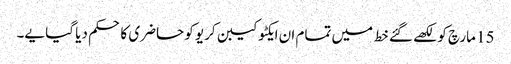
15 مارچ کو لکھے گئے خط میں تمام ان ایکٹو کیبن کریو کو حاضری کا حکم دیا گیا یے۔